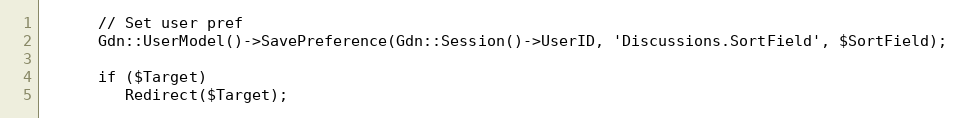
Language: PHP
      // Set user pref
      Gdn::UserModel()->SavePreference(Gdn::Session()->UserID, 'Discussions.SortField', $SortField);

      if ($Target)
         Redirect($Target);